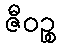
ဇီဝဉ္စ